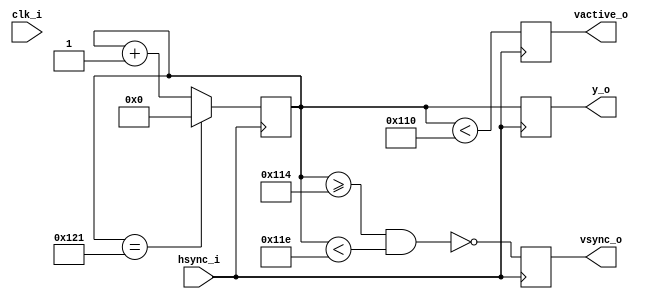
module vcounter (
    input hsync_i,          // horizontal counter reset
    input clk_i,            // main clock
    output reg vactive_o,   // vertical signal in active zone
    output reg vsync_o,     // vertical sync pulse
    output reg [8:0] y_o = 0   // y position
);

localparam vactive      = 272;
localparam vfront_porch = 4;
localparam vsync_len    = 10;
localparam vback_porch  = 4;

localparam maxcount  = vactive + vfront_porch + vback_porch + vsync_len;
localparam syncstart = vactive + vback_porch;
localparam syncend   = syncstart + vsync_len;

reg [8:0] counter = 0;

always @(posedge hsync_i) begin
    if (counter == maxcount - 1)
        counter <= 0;
    else
        counter <= counter + 1'b1;

    y_o       <= counter;
    vactive_o <= (counter < vactive);
    vsync_o   <= ~(counter >= syncstart & counter < syncend);
end

endmodule